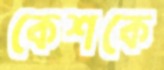
কেশকে